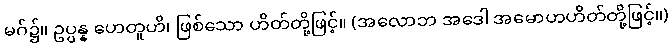
မဂ်၌။ ဥပ္ပန္န ဟေတူဟိ၊ ဖြစ်သော ဟိတ်တို့ဖြင့်။ (အလောဘ အဒေါ အမောဟဟိတ်တို့ဖြင့်။)